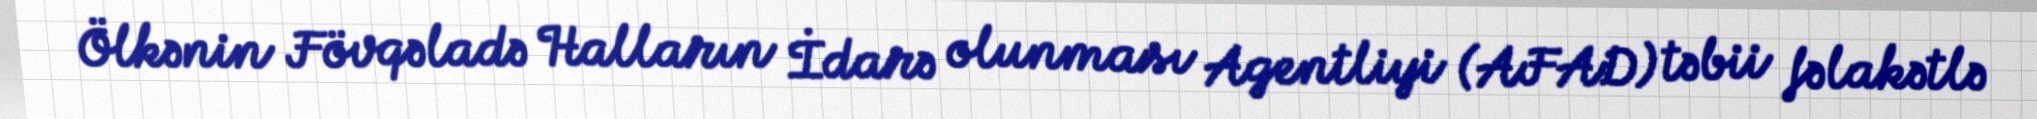
Ölkənin Fövqəladə Halların İdarə olunması Agentliyi (AFAD) təbii fəlakətlə